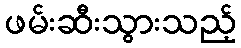
ဖမ်းဆီးသွားသည့်